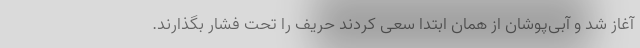
آغاز شد و آبی‌پوشان از همان ابتدا سعی کردند حریف را تحت فشار بگذارند.